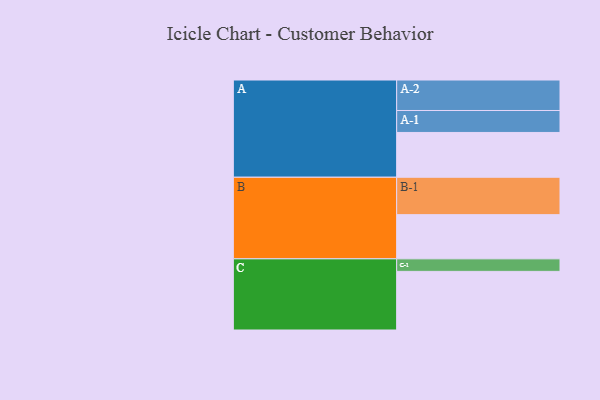
{"axis": {"x": "Segment", "y": "Value"}, "legend": ["", "A", "B", "C"], "data": [{"x": "A", "y": 357, "type": ""}, {"x": "B", "y": 352, "type": ""}, {"x": "C", "y": 467, "type": ""}, {"x": "A-1", "y": 175, "type": "A"}, {"x": "A-2", "y": 243, "type": "A"}, {"x": "B-1", "y": 298, "type": "B"}, {"x": "C-1", "y": 100, "type": "C"}]}